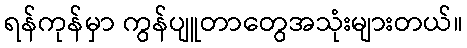
ရန်ကုန်မှာ ကွန်ပျူတာတွေအသုံးများတယ်။